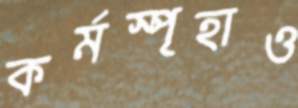
কর্মস্পৃহাও